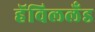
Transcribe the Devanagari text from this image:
हॅविललँड